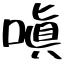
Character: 嗔